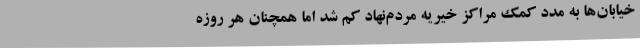
خیابان‌ها به مدد کمک مراکز خیریه مردم‌نهاد کم شد اما همچنان هر روزه